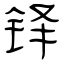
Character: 铎